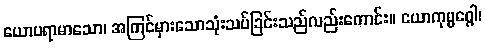
ယောပရာမာသော၊ အကြင်မှားသောသုံးသပ်ခြင်းသည်လည်းကောင်း။ ယောကုမ္မဂ္ဂေါ၊